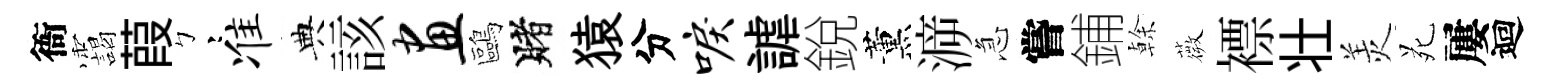
衙靄葭彎准典該画鷗賭猿分唳謔銳薰㴑急嘗鋪𠏉薇褾壮羙苑屢迴